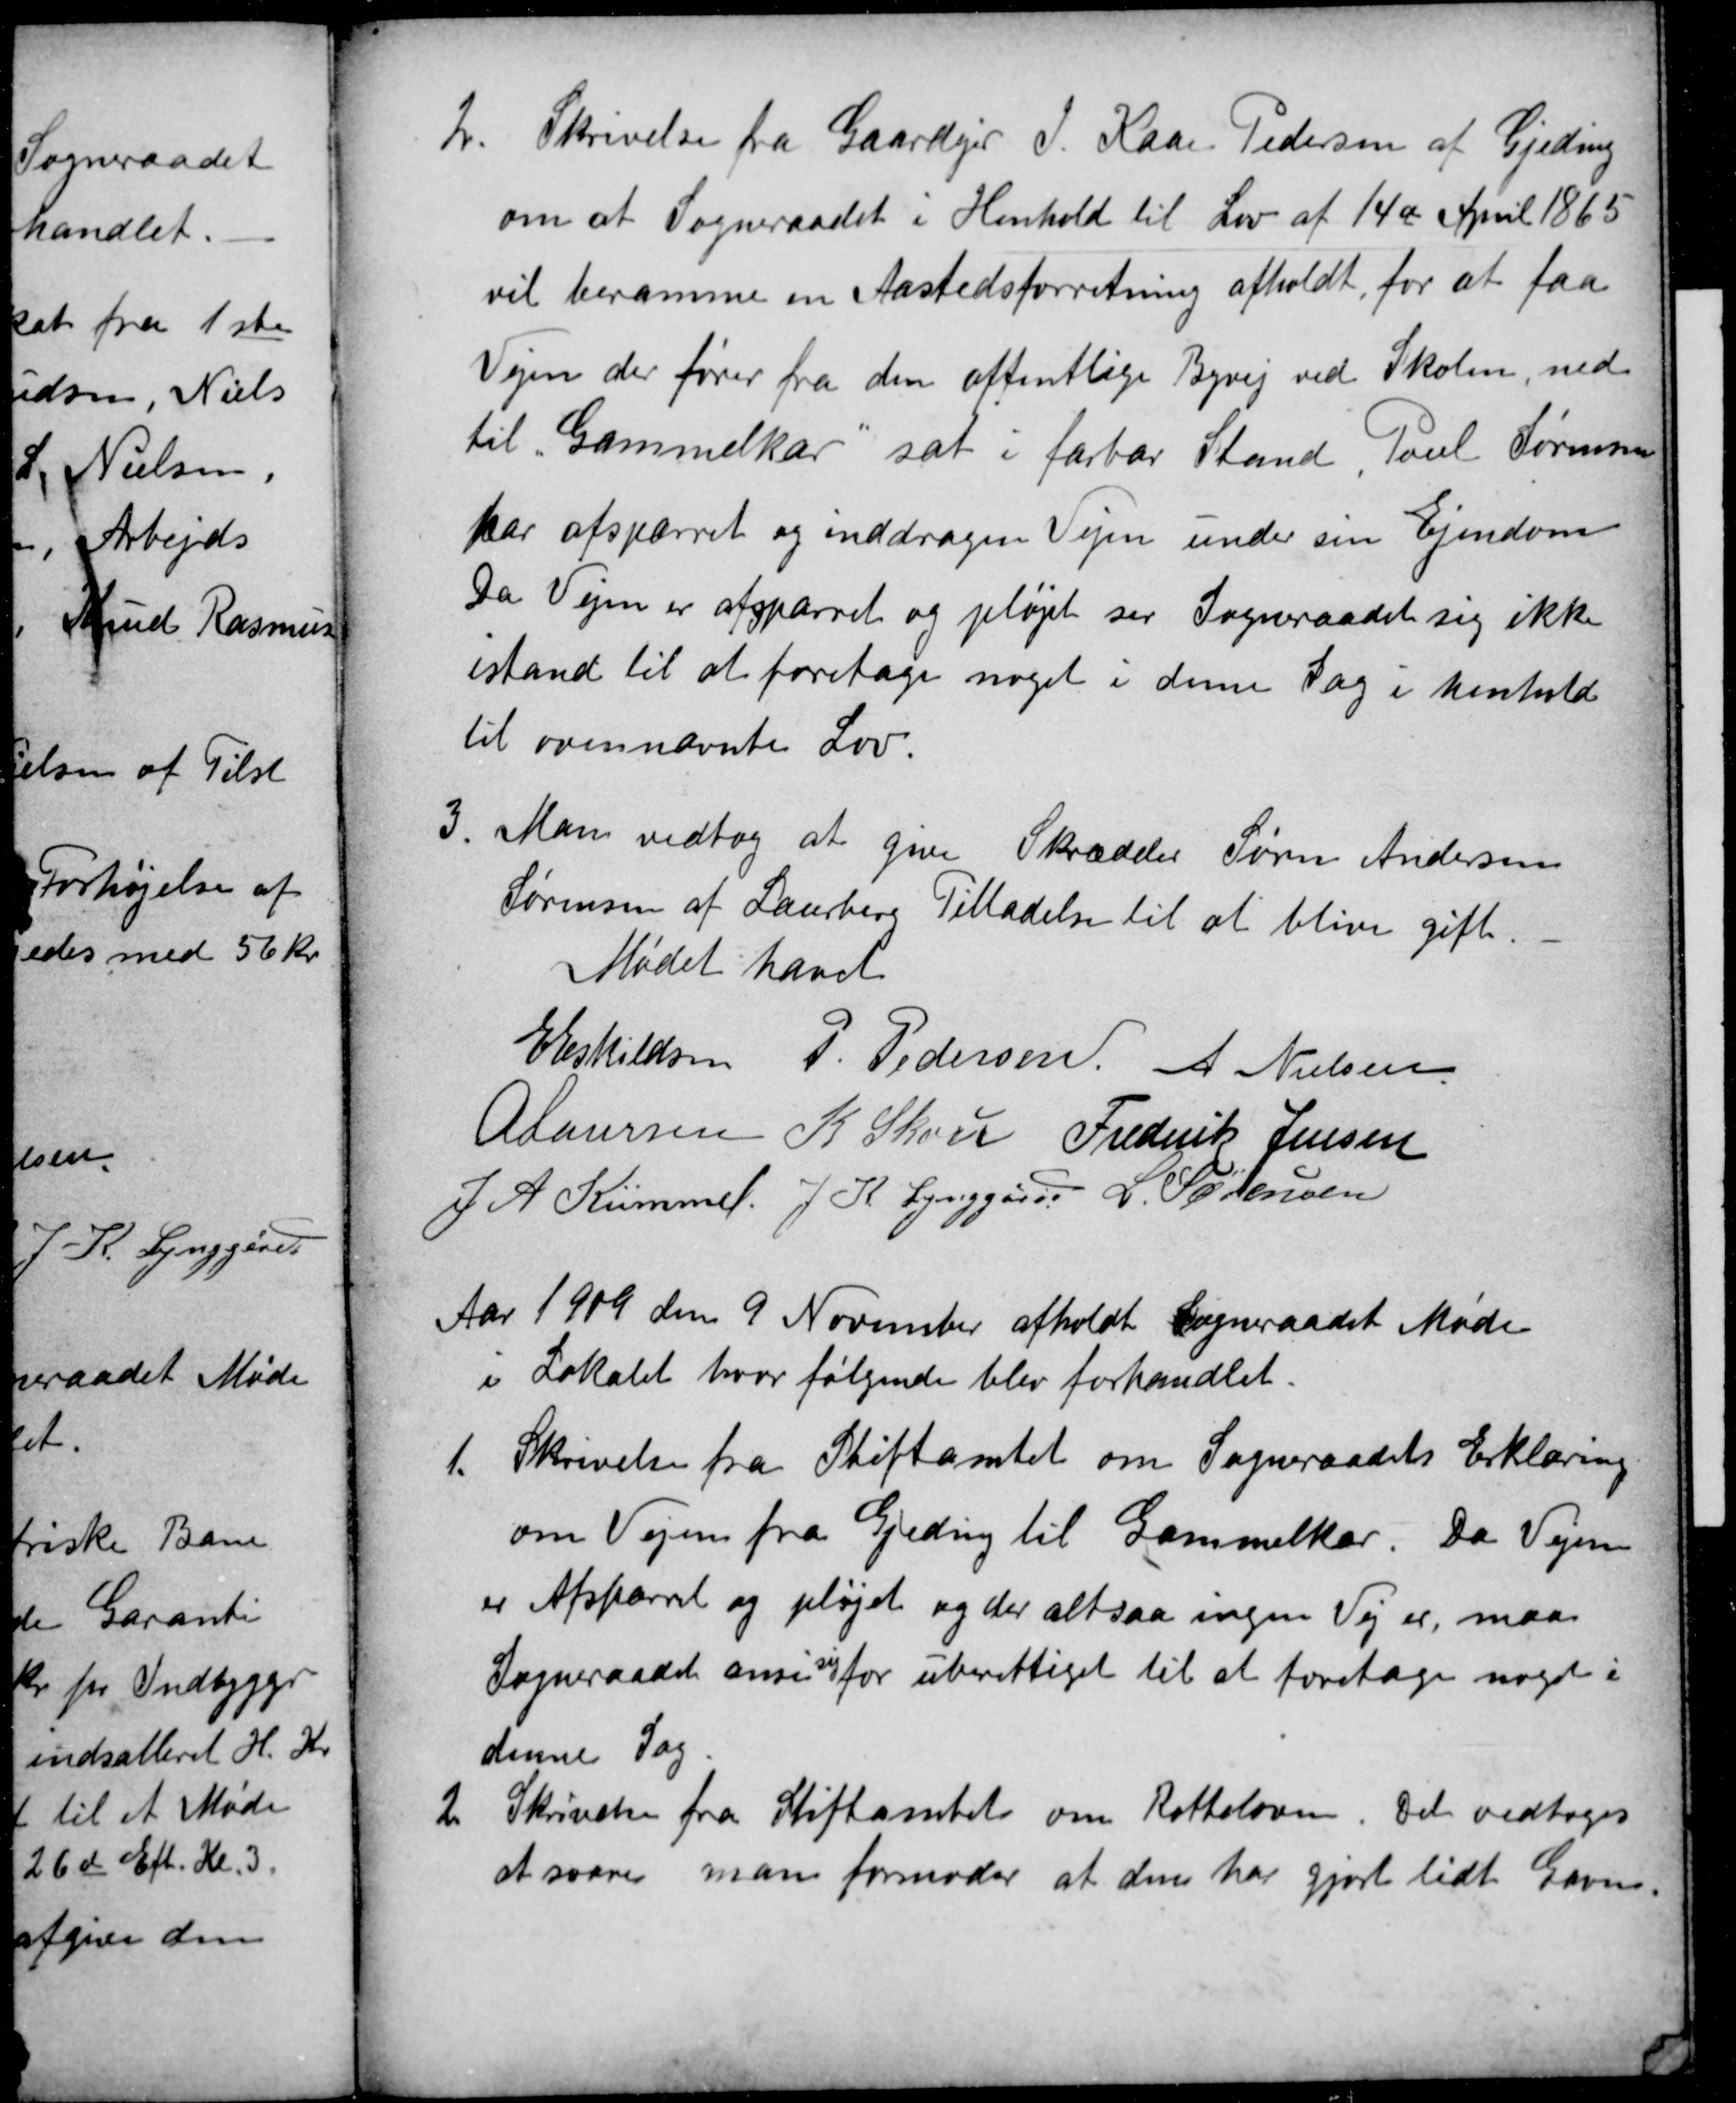
Transskription:
2
Skrivelse fra Gaardejer J. Kaae Pedersen af Gjeding
om at Sogneraadet i Henhold til Lov af 14de April 1865
vil beramme en Aastedsforretning afholdt, for at faa
Vejen der fører fra den offentlige Byvej ved Skolen, ned
til "Gammelkær", sat i farbar Stand, Poul Sørensen
har afspærret og inddragen Vejen under sin Ejendom
Da Vejen er afspærret og pløjet ser Sogneraadet sig ikke
istand til at foretage noget i denne Sag i henhold
til ovennævnte Lov.
3
Man vedtog at give Skrædder Søren Andersen
Sørensen af Laurberg Tilladelse til at blive gift.
Mødet hævet
E Eskildsen P. Pedersen A Nielsen
A Laursen K Skou Frederik Jensen
J A Kümmel. J. K. Lynggård L. Sørensen
Aar 1909 den 9 November afholdt Sogneraadet Møde
i Lokalet hvor følgende blev forhandlet.
1.
Skrivelse fra Stiftamtet om Sogneraadets Erklæring
om Vejen fra Gjeding til Gammelkær. Da Vejen
er Afspærret og pløjet og der altsaa ingen Vej er, maa
Sogneraadet anse
sig
for uberettiget til at foretage noget i
denne Sag.
2
Skrivelse fra Stiftamtet om Rotteloven. Det vedtoges
at svare man formoder at den har gjort lidt Gavn.